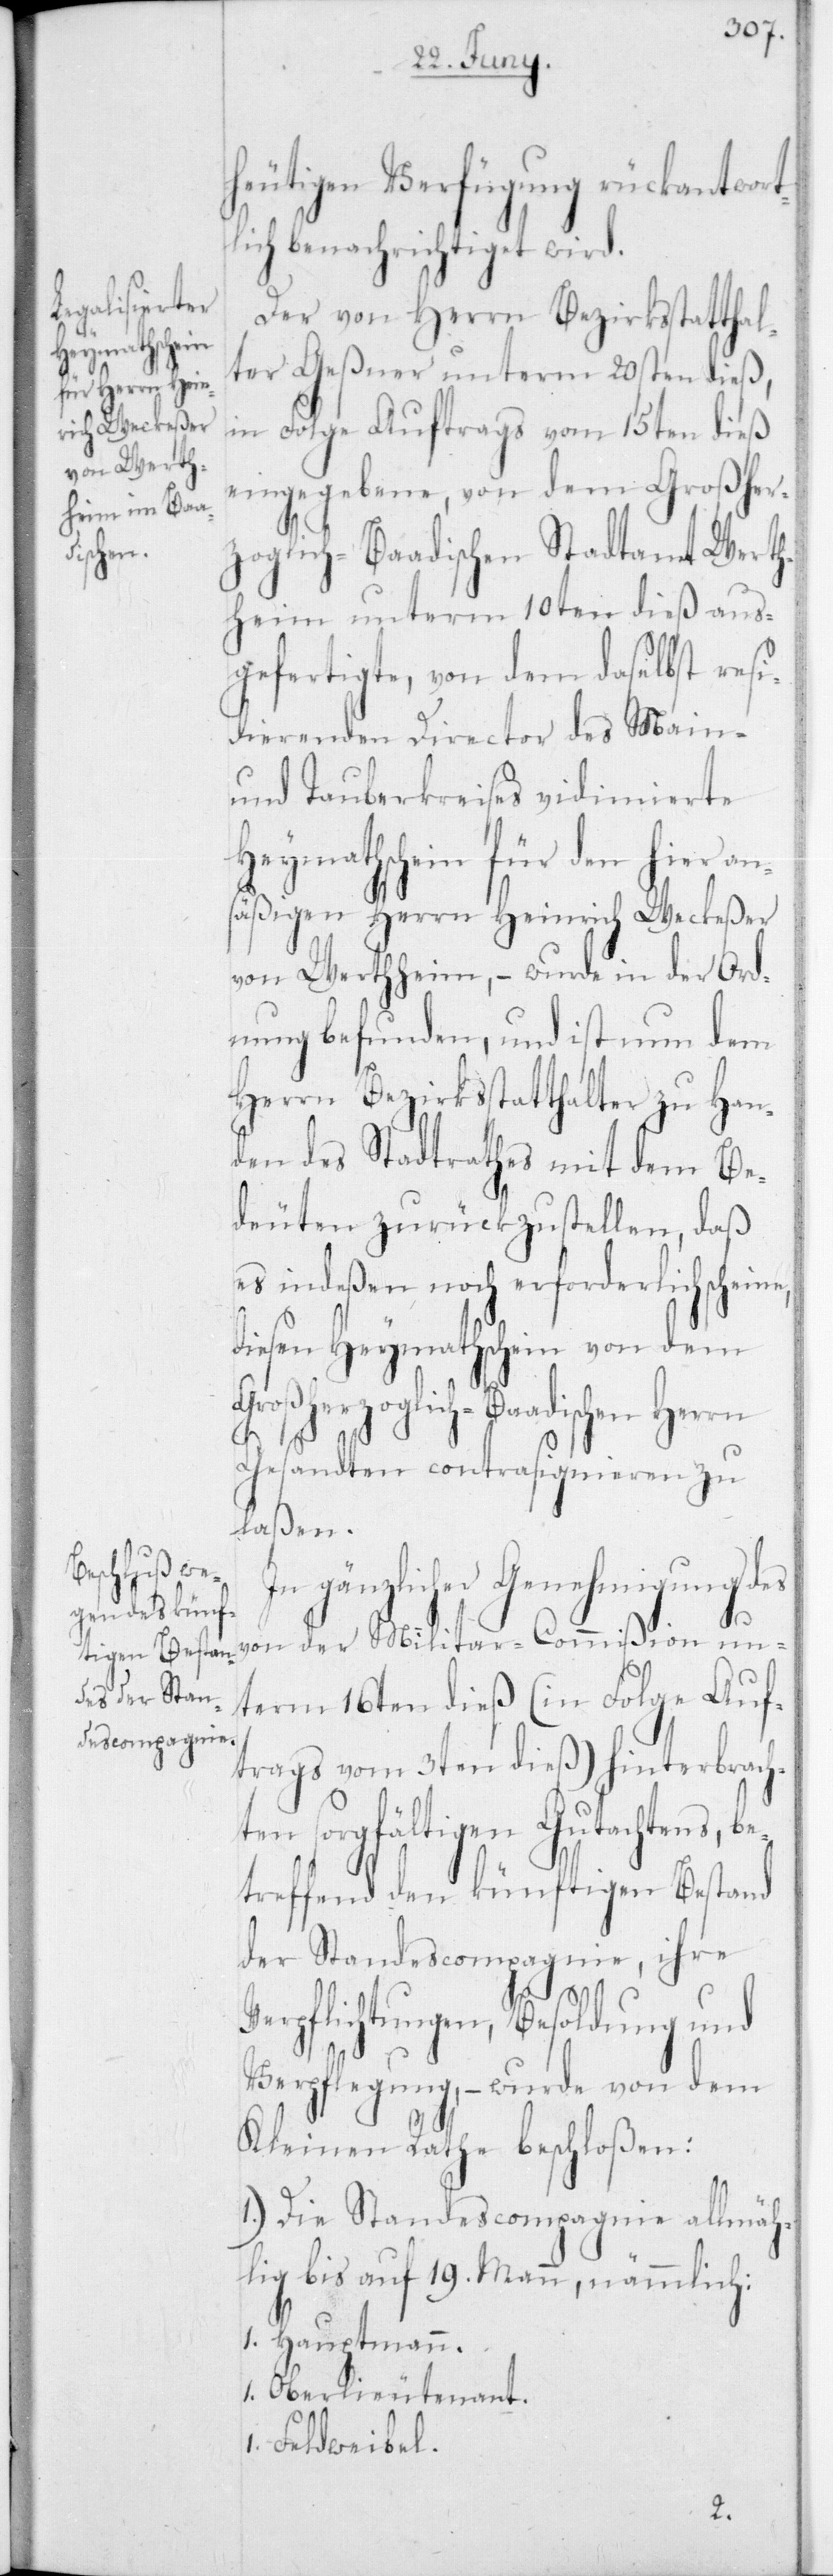
heutigen Verfügung rückantwort¬
lich benachrichtiget wird.
Der von Herrn Bezirksstatthal¬
ter Geßner unterm 20sten dieß,
in Folge Auftrags vom 15ten dieß
eingegebene, von dem Großher¬
zoglich-Baadischen Stadtamt Werth¬
heim unterm 10ten dieß aus¬
gefertigte, von dem daselbst resi¬
dierenden Director des Main-
und Tauberkreises vidimierte
Heymathschein für den hier
säßigen Herrn Heinrich Weckeßer
von Werthheim, – wurde in Ord¬
nung befunden, und ist nun dem
Herrn Bezirksstatthalter zu Han¬
den des Stadtrathes mit dem Be¬
deuten zurückzustellen, daß
es indeßen noch erforderlich schein¬
diesen Heymathschein von dem
Großherzoglich-Baadischen Herrn
Gesandten contrasignieren zu
laßen.
In gänzlicher Genehmigung des
von der Militar-Commißion un¬
term 16ten dieß (in Folge Auf¬
trags vom 3ten dieß) hinterbrach¬
ten sorgfältigen Gutachtens, be¬
treffend den künftigen Bestand
der Standescompagnie, ihre
Verpflichtungen, Besoldung und
Verpflegung, – wurde von dem
Kleinen Rathe beschloßen:
1.) Die Standescompagnie allmäh¬
lig bis auf 19 Mann, nämmlich:
1 Hauptmann.
1 Oberleutentant.
Feldweibel.
e,